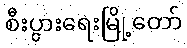
စီးပွားရေးမြို့တော်